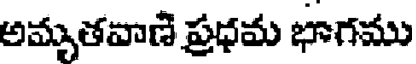
అమృతవాణి ప్రధమ భాగము